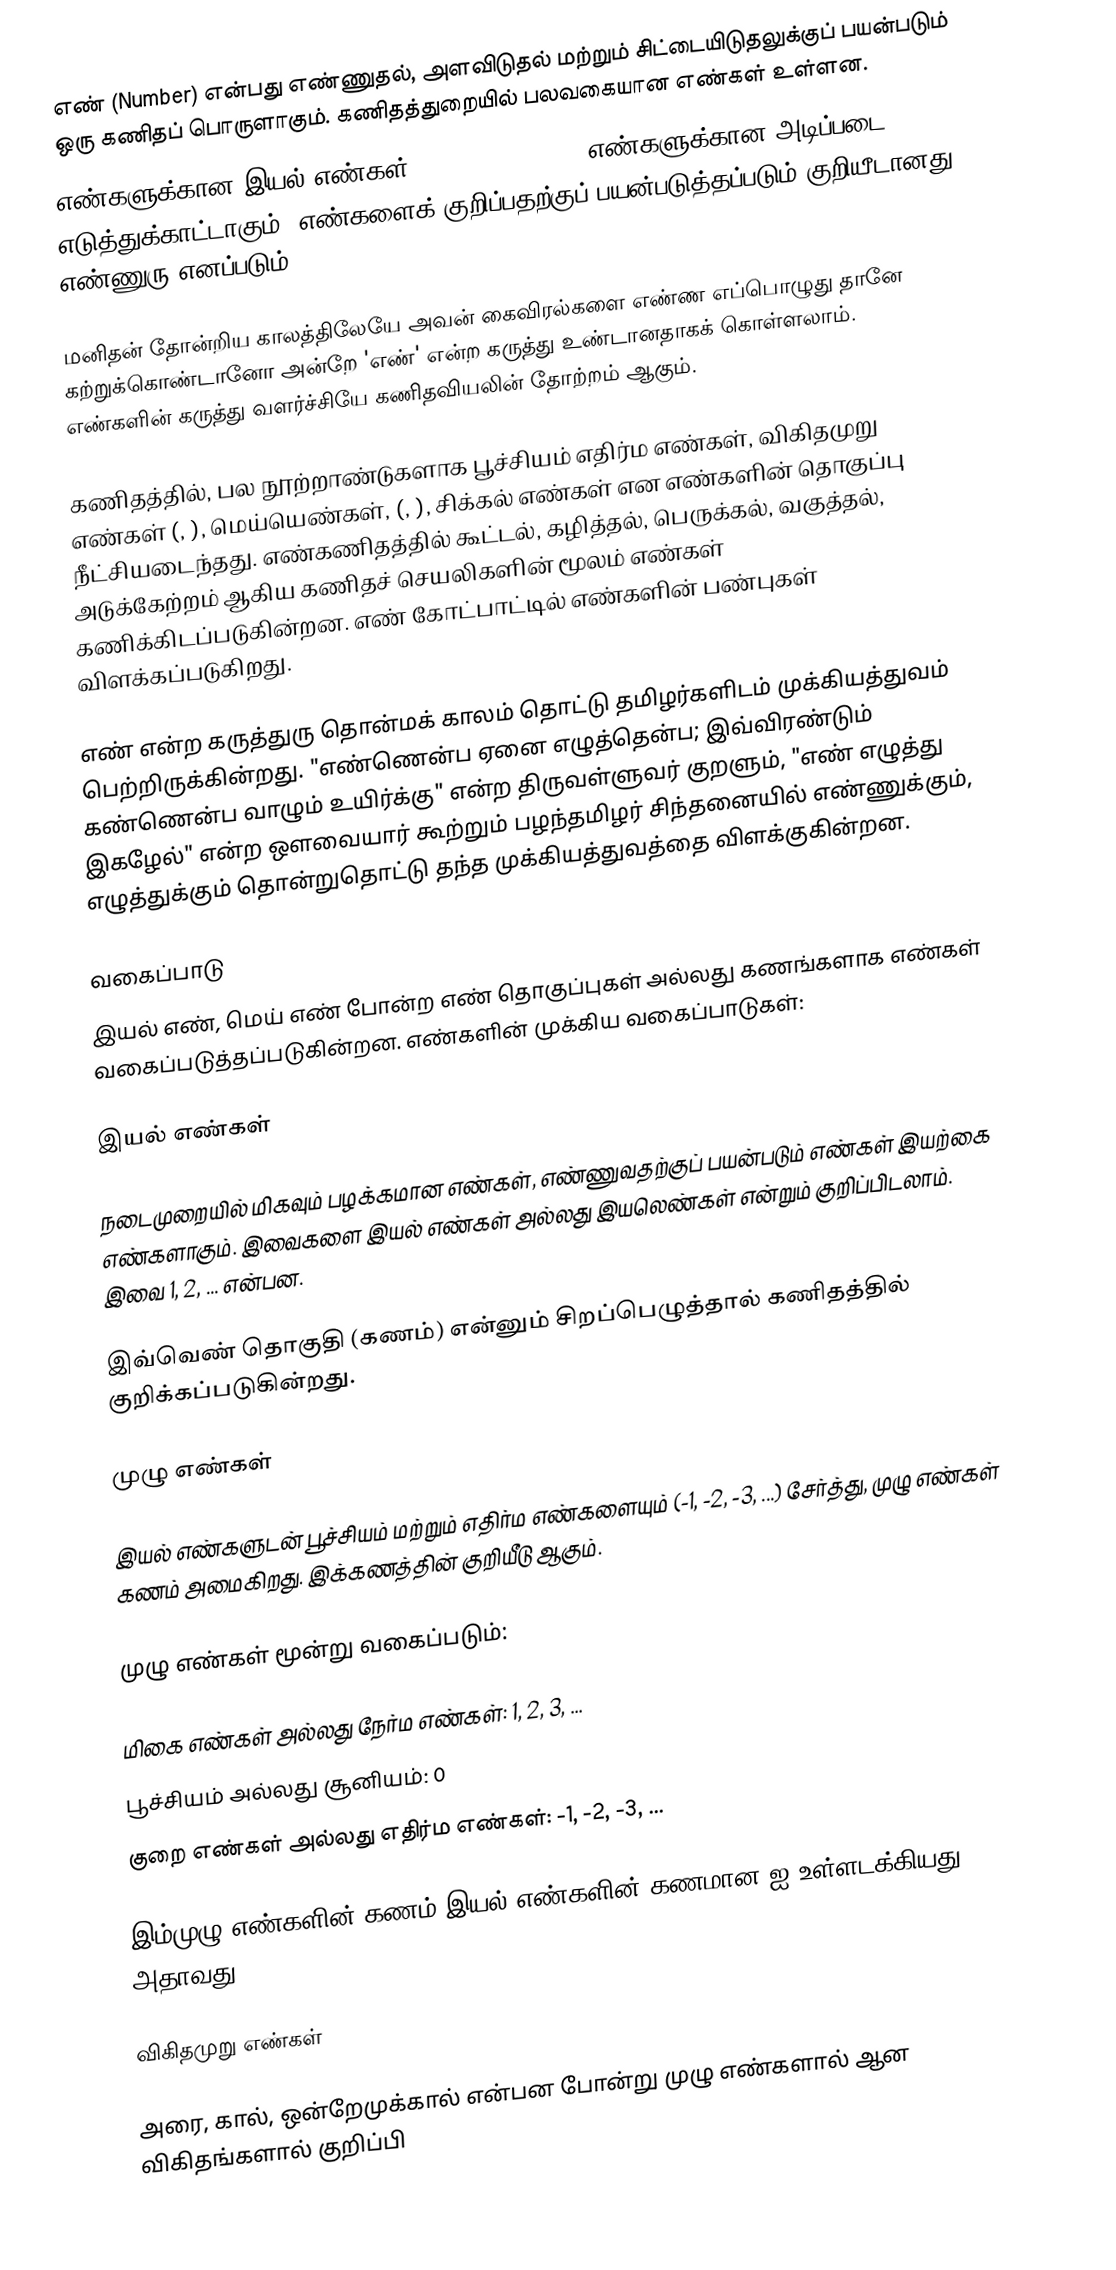
எண் (Number) என்பது எண்ணுதல், அளவிடுதல் மற்றும் சிட்டையிடுதலுக்குப் பயன்படும் ஒரு கணிதப் பொருளாகும். கணிதத்துறையில் பலவகையான எண்கள் உள்ளன.
எண்களுக்கான இயல் எண்கள் (1, 2, 3, 4, ...) எண்களுக்கான அடிப்படை எடுத்துக்காட்டாகும். எண்களைக் குறிப்பதற்குப் பயன்படுத்தப்படும் குறியீடானது எண்ணுரு எனப்படும்.

மனிதன் தோன்றிய காலத்திலேயே அவன் கைவிரல்களை எண்ண எப்பொழுது தானே கற்றுக்கொண்டானோ அன்றே 'எண்' என்ற கருத்து உண்டானதாகக் கொள்ளலாம். எண்களின் கருத்து வளர்ச்சியே கணிதவியலின் தோற்றம் ஆகும்.

கணிதத்தில், பல நூற்றாண்டுகளாக பூச்சியம் எதிர்ம எண்கள், விகிதமுறு எண்கள் (, ), மெய்யெண்கள், (, ), சிக்கல் எண்கள்  என எண்களின் தொகுப்பு நீட்சியடைந்தது. எண்கணிதத்தில் கூட்டல், கழித்தல், பெருக்கல், வகுத்தல், அடுக்கேற்றம் ஆகிய கணிதச் செயலிகளின் மூலம் எண்கள் கணிக்கிடப்படுகின்றன. எண் கோட்பாட்டில் எண்களின் பண்புகள் விளக்கப்படுகிறது.

எண் என்ற கருத்துரு தொன்மக் காலம் தொட்டு தமிழர்களிடம் முக்கியத்துவம் பெற்றிருக்கின்றது. "எண்ணென்ப ஏனை எழுத்தென்ப; இவ்விரண்டும் கண்ணென்ப வாழும் உயிர்க்கு" என்ற திருவள்ளுவர் குறளும், "எண் எழுத்து இகழேல்" என்ற ஒளவையார் கூற்றும் பழந்தமிழர் சிந்தனையில் எண்ணுக்கும், எழுத்துக்கும் தொன்றுதொட்டு தந்த முக்கியத்துவத்தை விளக்குகின்றன.

வகைப்பாடு
இயல் எண், மெய் எண் போன்ற எண் தொகுப்புகள் அல்லது கணங்களாக எண்கள் வகைப்படுத்தப்படுகின்றன. எண்களின் முக்கிய வகைப்பாடுகள்:

இயல் எண்கள்

நடைமுறையில் மிகவும் பழக்கமான எண்கள், எண்ணுவதற்குப் பயன்படும் எண்கள் இயற்கை எண்களாகும். இவைகளை இயல் எண்கள் அல்லது இயலெண்கள் என்றும் குறிப்பிடலாம். இவை 1, 2, ... என்பன.

இவ்வெண் தொகுதி (கணம்)  என்னும் சிறப்பெழுத்தால் கணிதத்தில் குறிக்கப்படுகின்றது.

முழு எண்கள்

இயல் எண்களுடன் பூச்சியம் மற்றும் எதிர்ம எண்களையும் (-1, -2, -3, ...) சேர்த்து, முழு எண்கள் கணம் அமைகிறது. இக்கணத்தின் குறியீடு  ஆகும்.

முழு எண்கள் மூன்று வகைப்படும்:

 மிகை எண்கள் அல்லது நேர்ம எண்கள்: 1, 2, 3, ...
 பூச்சியம் அல்லது சூனியம்: 0
 குறை எண்கள் அல்லது எதிர்ம எண்கள்: -1, -2, -3, ...

இம்முழு எண்களின் கணம்  இயல் எண்களின் கணமான  ஐ உள்ளடக்கியது. அதாவது

விகிதமுறு எண்கள்

அரை, கால், ஒன்றேமுக்கால் என்பன போன்று முழு எண்களால் ஆன விகிதங்களால் குறிப்பி